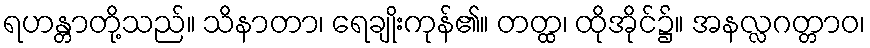
ရဟန္တာတို့သည်။ သိနာတာ၊ ရေချိုးကုန်၏။ တတ္ထ၊ ထိုအိုင်၌။ အနလ္လဂတ္တာဝ၊